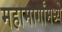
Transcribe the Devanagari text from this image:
महामार्गांमध्ये